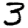
Digit: 3